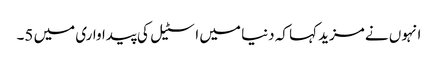
انہوں نے مزید کہا کہ دنیا میں اسٹیل کی پیداواری میں 5۔